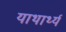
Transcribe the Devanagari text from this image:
याथार्थ्य